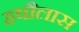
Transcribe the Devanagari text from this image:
हषौलास